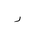
Letter: _ra